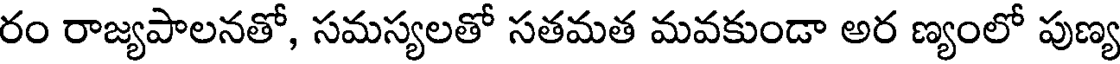
రం రాజ్యపాలనతో, సమస్యలతో సతమత మవకుండా అర ణ్యంలో పుణ్య